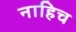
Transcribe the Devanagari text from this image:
नाहिच